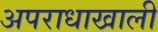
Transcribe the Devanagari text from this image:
अपराधाखाली